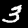
Digit: 3